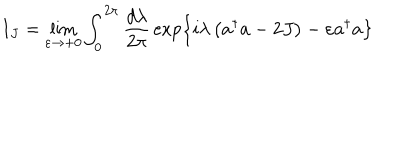
{ \bf I } _ { J } = \lim _ { \varepsilon \rightarrow + 0 } \int _ { 0 } ^ { 2 \pi } { \frac { d \lambda } { 2 \pi } } \exp \left\{ { i \lambda \left( { { \bf a } ^ { \dagger } { \bf a } - 2 J } \right) - \varepsilon { \bf a } ^ { \dagger } { \bf a } } \right\}